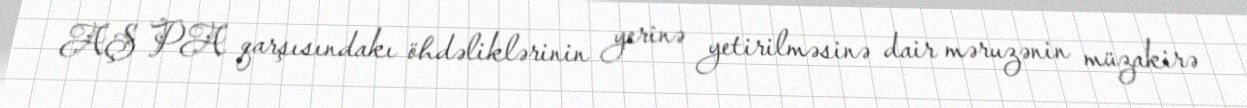
AŞ PA qarşısındakı öhdəliklərinin yerinə yetirilməsinə dair məruzənin müzakirə